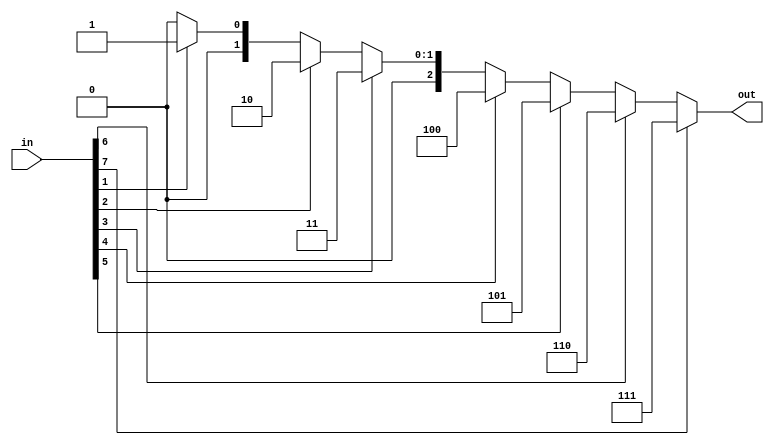
module PE_FPGA(
	input wire [7:0] in,
   output reg [2:0] out
    );
	always @(in)
	begin
	out=0;
	if(in[7]) begin
	out=7;
	end
	else if(in[6]) begin
	out=6;
	end
	else if(in[5]) begin
	out=5;
	end
	else if(in[4]) begin
	out=4;
	end
	else if(in[3]) begin
	out=3;
	end
	else if(in[2]) begin
	out=2;
	end
	else if(in[1]) begin
	out=1;
	end
	else if(in[0]) begin
	out=0;
	end
	end
endmodule